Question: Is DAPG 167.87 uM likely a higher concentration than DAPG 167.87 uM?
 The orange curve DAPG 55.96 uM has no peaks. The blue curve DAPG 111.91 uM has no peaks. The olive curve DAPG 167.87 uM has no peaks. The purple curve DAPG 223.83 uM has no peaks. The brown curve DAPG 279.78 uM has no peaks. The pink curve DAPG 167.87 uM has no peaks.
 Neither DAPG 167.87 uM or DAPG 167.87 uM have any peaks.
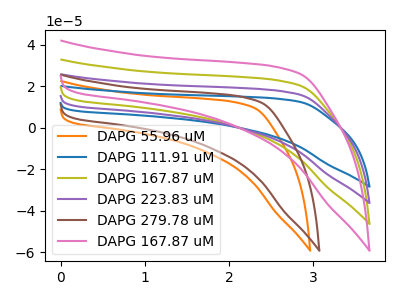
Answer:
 <answer>I cant tell if "DAPG 167.87 uM" or "DAPG 167.87 uM" has more signal.</answer>
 <eval>mixed_signal</eval>